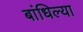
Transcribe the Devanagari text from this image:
बांधिल्या